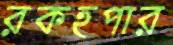
রকহপার